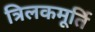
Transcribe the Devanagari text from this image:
त्रिलकमूर्ति